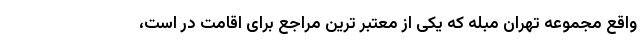
واقع مجموعه تهران مبله که یکی از معتبر ترین مراجع برای اقامت در است،